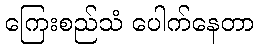
ကြေးစည်သံ ပေါက်နေတာ